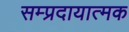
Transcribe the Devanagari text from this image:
सम्प्रदायात्मक